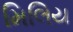
મિલિય